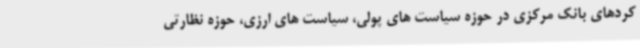
کردهای بانک مرکزی در حوزه سیاست های پولی، سیاست های ارزی، حوزه نظارتی